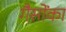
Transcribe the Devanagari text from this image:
गैसोंका